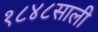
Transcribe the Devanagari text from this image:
१८४८साली